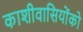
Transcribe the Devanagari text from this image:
काशीवासियोंको